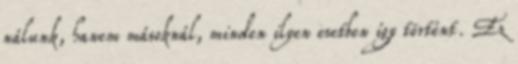
nálunk, hanem másoknál, minden ilyen esetben így történt. Ez